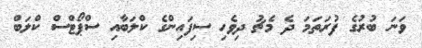
ވަނަ ބުރުގެ ފުރަތަމަ ދެ މެޗު ދިވެހި ސިފައިންގެ ކްލަބާއި ސްޕޯޓްސް ކްލަބް